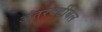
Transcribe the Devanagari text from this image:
अंतरवर्टीबल